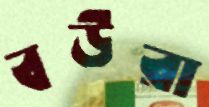
বউরা